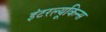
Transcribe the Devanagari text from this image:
इंटरल्यूकिन्स